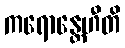
ကရောန္တေဟီတိ